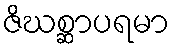
ဇိဃစ္ဆာပရမာ